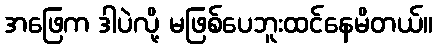
အဖြေက ဒါပဲလို့ မဖြစ်ပေဘူးထင်နေမိတယ်။